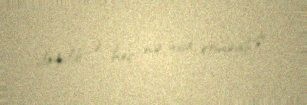
dağıdıb və heç nə inşa etməyib?.